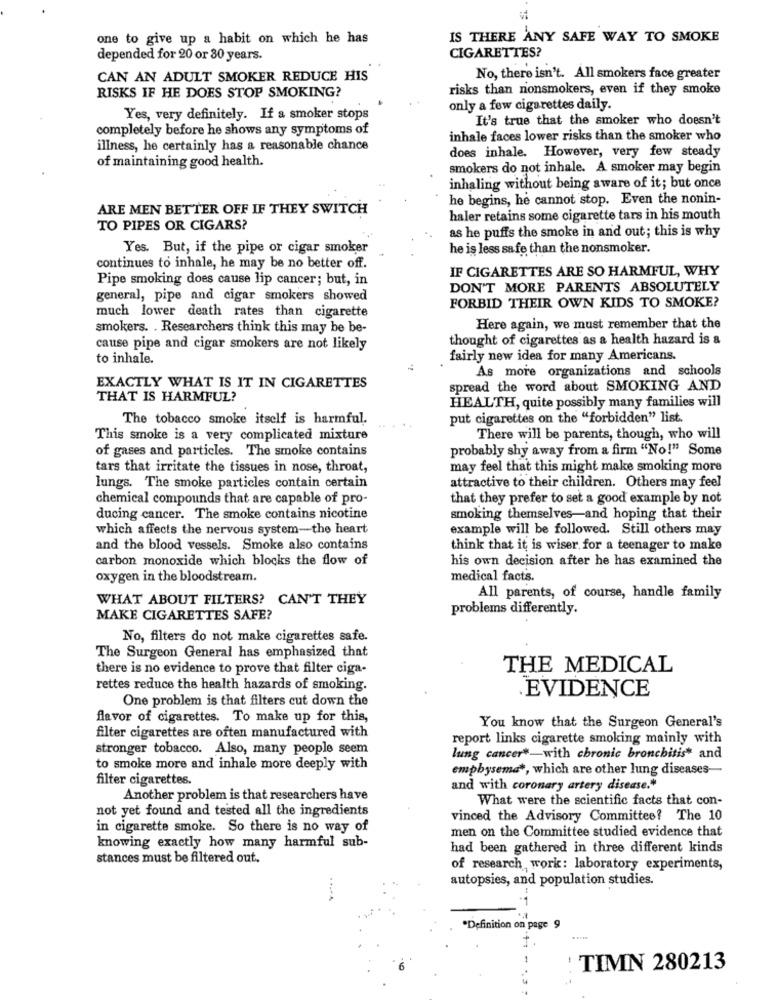
one to give up a habit on which he has
IS THERE ANY SAFE WAY TO SMOKE
depended for 20 or 30 years.
CIGARETTES?
CAN AN ADULT SMOKER REDUCE HIS
No, there isn't. All smokers face greater
risks than nonsmokers, even if they smoke
RISKS IF HE DOES STOP SMOKING?
only a few cigarettes daily.
Yes, very definitely. If a smoker stops
It's true that the smoker who doesn't
completely before he shows any symptoms of
inhale faces lower risks than the smoker who
illness, he certainly has a reasonable chance
does inhale. However, very few steady
of maintaining good health.
smokers do not inhale. A smoker may begin
inhaling without being aware of it; but once
he begins, he cannot stop. Even the nonin-
ARE MEN BETTER OFF IF THEY SWITCH
haler retains some cigarette tars in his mouth
TO PIPES OR CIGARS?
as he puffs the smoke in and out; this is why
Yes. But, if the pipe or cigar smoker
he is less safe than the nonsmoker.
continues to inhale, he may be no better off.
IF CIGARETTES ARE SO HARMFUL, WHY
Pipe smoking does cause lip cancer; but, in
DON'T MORE PARENTS ABSOLUTELY
general, pipe and cigar smokers showed
much lower death rates than cigarette
FORBID THEIR OWN KIDS TO SMOKE?
smokers. . Researchers think this may be be-
Here again, we must remember that the
thought of cigarettes as a health hazard is &
cause pipe and cigar smokers are not likely
to inhale.
fairly new idea for many Americans.
As more organizations and schools
EXACTLY WHAT IS IT IN CIGARETTES
spread the word about SMOKING AND
THAT IS HARMFUL?
HEALTH, quite possibly many families will
The tobacco smoke itself is harmful.
put cigarettes on the "forbidden" list.
This smoke is a very complicated mixture
There will be parents, though, who will
of gases and particles. The smoke contains
probably shy away from a firm "No!" Some
tars that irritate the tissues in nose, throat,
may feel that this might make smoking more
lungs. The smoke particles contain certain
attractive to their children. Others may feel
chemical compounds that are capable of pro-
that they prefer to set a good example by not
ducing cancer. The smoke contains nicotine
smoking themselves-and hoping that their
which affects the nervous system-the heart
example will be followed. Still others may
and the blood vessels. Smoke also contains
think that it is wiser for a teenager to make
carbon monoxide which blocks the flow of
his own decision after he has examined the
oxygen in the bloodstream.
medical facts.
WHAT ABOUT FILTERS? CAN'T THEY
All parents, of course, handle family
problems differently.
MAKE CIGARETTES SAFE?
No, filters do not make cigarettes safe.
The Surgeon General has emphasized that
there is no evidence to prove that filter ciga-
THE MEDICAL
rettes reduce the health hazards of smoking.
EVIDENCE
One problem is that filters cut down the
flavor of cigarettes. To make up for this,
You know that the Surgeon General's
filter cigarettes are often manufactured with
report links cigarette smoking mainly with
stronger tobacco. Also, many people seem
lung cancer *- with chronic bronchitis* and
to smoke more and inhale more deeply with
emphysema *, which are other lung diseases-
filter cigarettes.
and with coronary artery disease."
Another problem is that researchers have
What were the scientific facts that con-
not yet found and tested all the ingredients
vinced the Advisory Committee? The 10
in cigarette smoke. So there is no way of
men on the Committee studied evidence that
knowing exactly how many harmful sub-
had been gathered in three different kinds
stances must be filtered out.
of research work: laboratory experiments,
autopsies, and population studies.
*1
*Definition on page 9
TIMN 280213